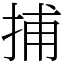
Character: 捕